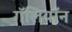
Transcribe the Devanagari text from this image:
गॅलियॉन